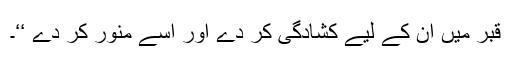
قبر میں ان کے لیے کشادگی کر دے اور اسے منور کر دے ‘‘۔